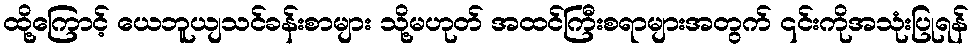
ထို့ကြောင့် ယေဘူယျသင်ခန်းစာများ သို့မဟုတ် အထင်ကြီးစရာများအတွက် ၎င်းကိုအသုံးပြုရန်